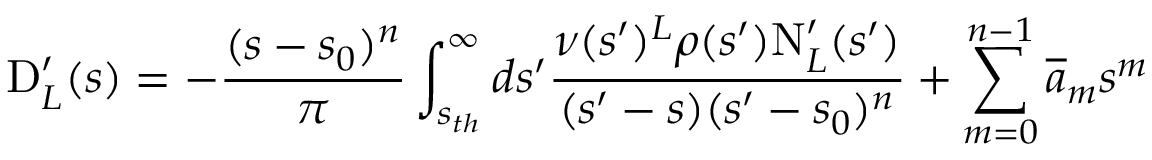
\mathrm { D } _ { L } ^ { \prime } ( s ) = - \frac { ( s - s _ { 0 } ) ^ { n } } { \pi } \int _ { s _ { t h } } ^ { \infty } d s ^ { \prime } \frac { \nu ( s ^ { \prime } ) ^ { L } \rho ( s ^ { \prime } ) \mathrm { N } _ { L } ^ { \prime } ( s ^ { \prime } ) } { ( s ^ { \prime } - s ) ( s ^ { \prime } - s _ { 0 } ) ^ { n } } + \sum _ { m = 0 } ^ { n - 1 } \overline { { a } } _ { m } s ^ { m }